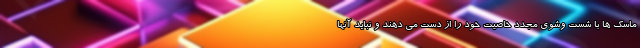
ماسک ها با شست وشوی مجدد خاصیت خود را از دست می دهند و نباید آنها